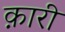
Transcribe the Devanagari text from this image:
क़ारी